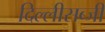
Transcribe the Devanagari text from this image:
दिल्लीसब्जी